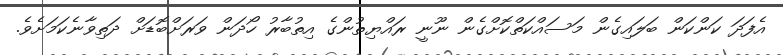
އެފަދަ ކަންކަން ބަލައިގެން މަސައްކަތްކޮށްގެން ނޫނީ ރައްޔިތުންގެ އިތުބާރު ހޯދަން ވަރަށްބޮޑަށް ދަތިވާނެކަމަށެވެ.